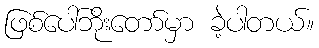
ဖြစ်ပေါ်ဘိုးတော်မှာ ခဲ့ပါတယ်။